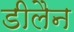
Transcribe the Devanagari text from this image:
डीलैन